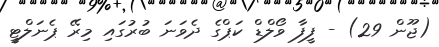
(ޖޫން 29) - ފީފާ ވޯލްޑް ކަޕްގެ ދެވަނަ ބުރުގައި މިރޭ ޕެނަލްޓީ